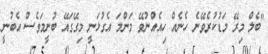
"ބެލް މިރޭ މަޑުކުރެވޭނެ ހެނެއް ހިއެއްނުވޭ މަންމަ އެގުޅަނީ މިގޭގައޭ ބުނީމަވެސް އެބުނީ